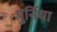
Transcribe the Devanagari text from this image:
पुर्निया